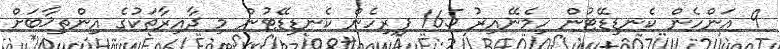
9 އަންހެން ކެނޑިޑޭޓުން ހިމެނޭއިރު 165 ފިރިހެން ކެނޑިޑޭޓުން މި ދާއިރާތަކުގެ އިންތިޚާބަށް